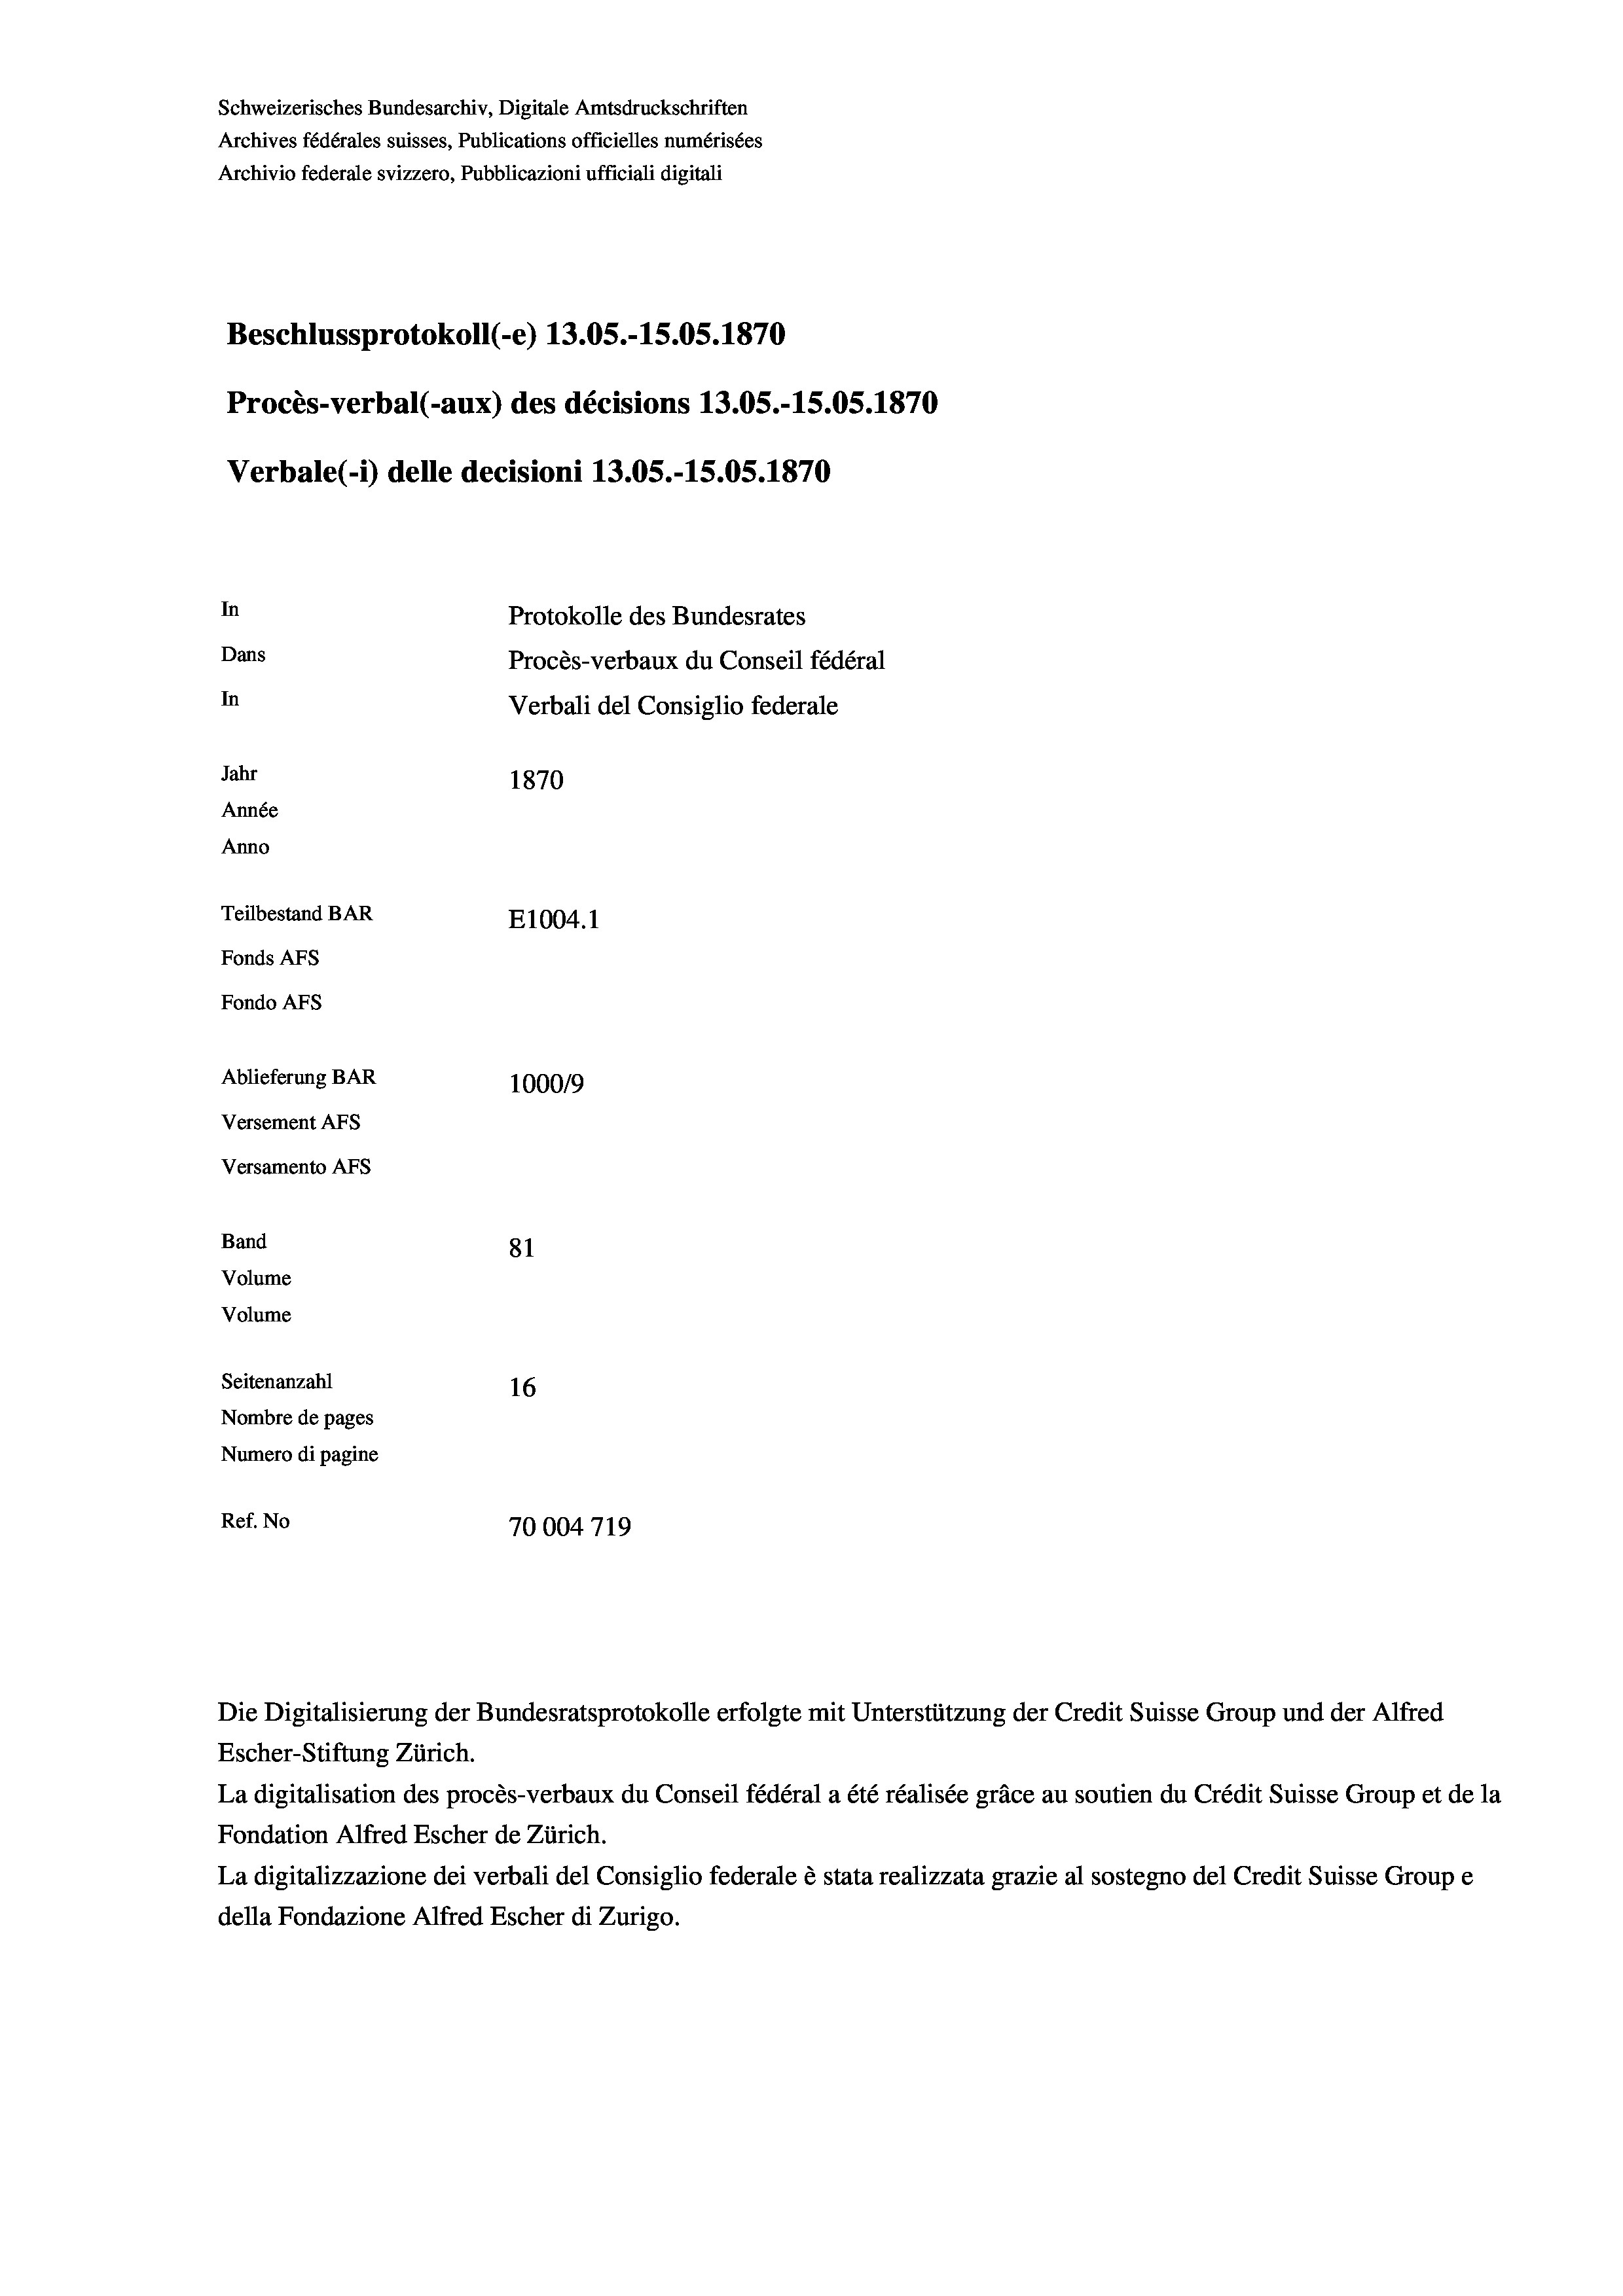
Schweizerisches Bundesarchiv, Digitale Amtsdruckschriften
Archives fédérales suisses, Publications officielles numérisées
Archivio federale svizzero, Pubblicazioni ufficiali digitali
Beschlussprotokoll (-e) 13.05.-15.05. 1870
Procès-verbal (-aux) des décisions 13.05.-15.05. 1870
Verbale (i) delle decisioni 13.05.-15.05. 1870
In
Protokolle des Bundesrates
Dans
Procès-verbaux du Conseil fédéral
In
Verbali del Consiglio federale
Jahr
1870
Année
Anno
Teilbestand BAR
E1004. 1
Fonds Afs
Fondo AFS
Ablieferung BAR
100019
Versement AFs
Versamento AFs

81
Seitenanzahl
16
Nombre de pages
Numero di pagine
Ref. No
70004719

Band
Volume
Volume

Escher-Stiftung Zürich.
La digitalisation des procès-verbaux du Conseil fédéral a été réalisée gräce au soutien du Crédit Suisse Group et de la
Fondation Alfred Escher de Zürich.
La digitalizzazione dei verbali del Consiglio federale è stata realizzata grazie al sostegno del Credit Suisse Groupe
della Fondazione Alfred Escher di Zurigo.

Die Digitalisierung der Bundesratsprotokolle erfolgte mit Unterstützung der Credit Suisse Group und der Alfred